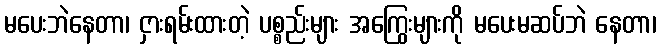
မပေးဘဲနေတာ၊ ငှားရမ်းထားတဲ့ ပစ္စည်းများ အကြွေးများကို မပေးမဆပ်ဘဲ နေတာ၊